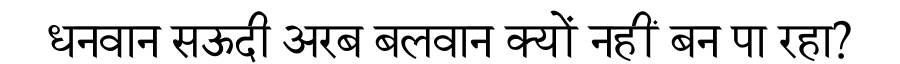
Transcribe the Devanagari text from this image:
धनवान सऊदी अरब बलवान क्यों नहीं बन पा रहा?